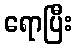
ရောပြီး